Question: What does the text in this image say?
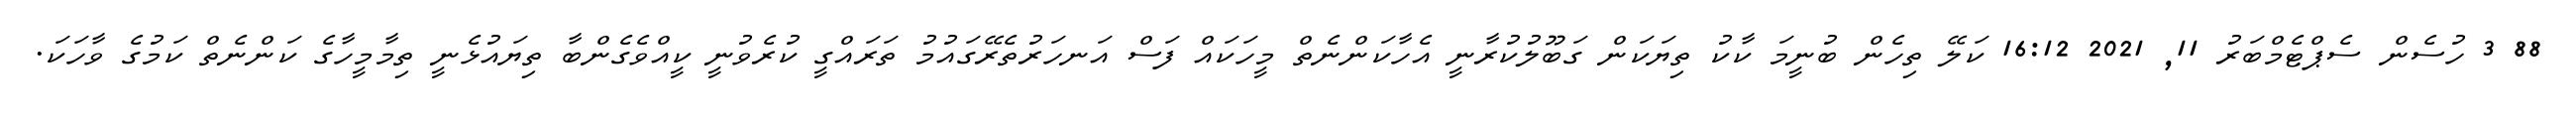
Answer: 88 3 ހުސެން ސެޕްޓެމްބަރު 11, 2021 16:12 ކަލޭ ތިހެން ބުނީމަ ކާކު ތިޔަކަން ގަބޫލުކުރާނީ އެހާކަންނެތް މީހަކައް ފަސް އަނހަރުތެރޭގައުމު ތަރައްގީ ކުރެވުނީ ކީއްވެގެންބާ ތިޔައުޅެނީ ތިމާމީހާގެ ކަންނެތް ކަމުގެ ވާހަކަ.